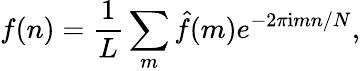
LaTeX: f(n)=\frac{1}{L}\sum_{m}\hat{f}(m)e^{-2\pi\mathrm{i}mn/N},